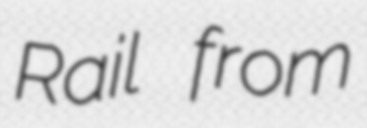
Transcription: Rail from